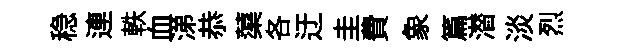
稳連軼血涕恭蕖各迂圭費象篇潜淡烈